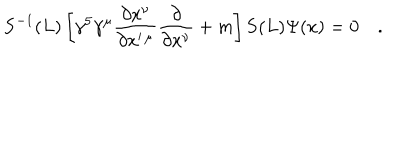
LaTeX: { \bf S } ^ { - 1 } ( L ) \left[ \gamma ^ { 5 } \gamma ^ { \mu } \frac { \partial x ^ { \nu } } { \partial x ^ { \prime \, \mu } } \frac { \partial } { \partial x ^ { \nu } } + m \right] { \bf S } ( L ) \Psi ( x ) = 0 \quad .